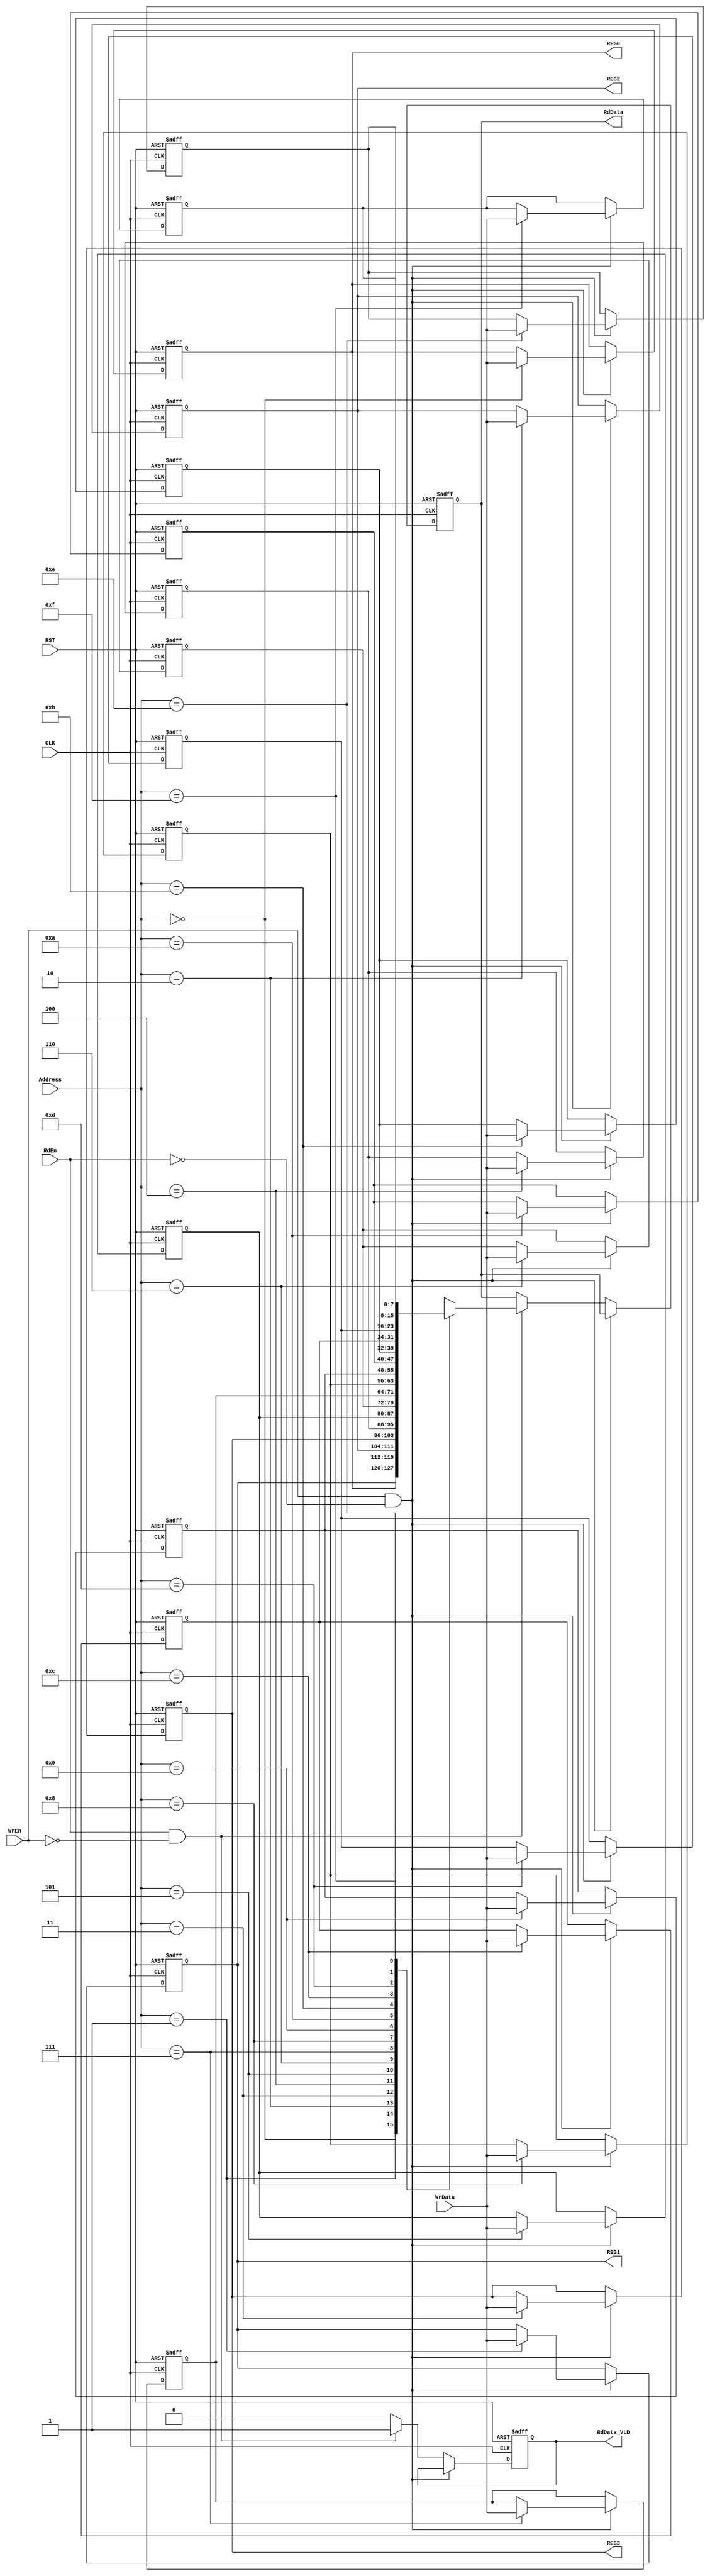

module RegFile #(parameter WIDTH = 8, DEPTH = 16, ADDR = 4 )

(
input    wire                CLK,
input    wire                RST,
input    wire                WrEn,
input    wire                RdEn,
input    wire   [ADDR-1:0]   Address,
input    wire   [WIDTH-1:0]  WrData,
output   reg    [WIDTH-1:0]  RdData,
output   reg                 RdData_VLD,
output   wire   [WIDTH-1:0]  REG0,
output   wire   [WIDTH-1:0]  REG1,
output   wire   [WIDTH-1:0]  REG2,
output   wire   [WIDTH-1:0]  REG3
);

integer I ; 
  
// register file of 8 registers each of 16 bits width
reg [WIDTH-1:0] regArr [DEPTH-1:0] ;    

always @(posedge CLK or negedge RST)
 begin
   if(!RST)  // Asynchronous active low reset 
    begin
	 RdData_VLD <= 1'b0 ;
	 RdData     <= 1'b0 ;
      for (I=0 ; I < DEPTH ; I = I +1)
        begin
		 if(I==2)
          regArr[I] <= 'b100000_01 ;
		 else if (I==3) 
          regArr[I] <= 'b0010_0000 ;
         else
          regArr[I] <= 'b0 ;		 
        end
     end
   else if (WrEn && !RdEn) // Register Write Operation
     begin
      regArr[Address] <= WrData ;
     end
   else if (RdEn && !WrEn) // Register Read Operation
     begin    
       RdData <= regArr[Address] ;
	   RdData_VLD <= 1'b1 ;
     end  
   else
     begin
	   RdData_VLD <= 1'b0 ;
     end	 
  end

assign REG0 = regArr[0] ;
assign REG1 = regArr[1] ;
assign REG2 = regArr[2] ;
assign REG3 = regArr[3] ;


endmodule